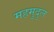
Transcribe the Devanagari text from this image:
महमुदुल